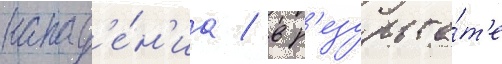
напад'е́н'иа / в р'езульта́т'е